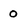
Character: 0